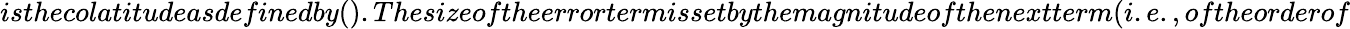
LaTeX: isthecolatitudeasdefinedby().Thesizeoftheerrortermissetbythemagnitudeofthenextterm(i.e.,oftheorderof